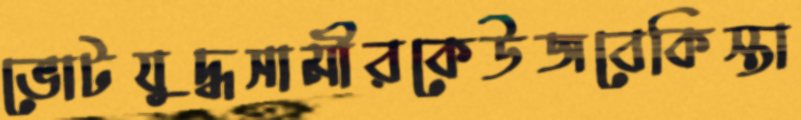
ভোটযুদ্ধসামীরকেউজবেকিস্তা